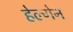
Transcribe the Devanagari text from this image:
हेल्गेन